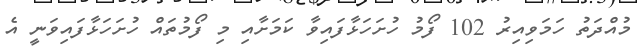
މުއްދަތު ހަމަވިއިރު 102 ފޯމު ހުށަހަޅާފައިވާ ކަމަށާއި މި ފޯމުތައް ހުށަހަޅާފައިވަނީ އެ